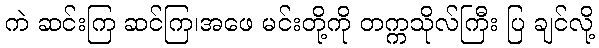
ကဲ ဆင်းကြ ဆင်ကြ၊အဖေ မင်းတို့ကို တက္ကသိုလ်ကြီး ပြ ချင်လို့